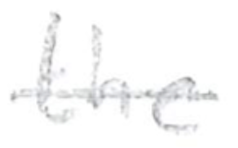
Text: the
Cross-out: single-line
Writing tool: pencil